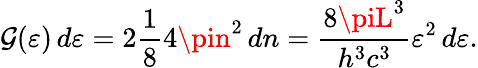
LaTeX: \mathcal{G}(\varepsilon)\, d\varepsilon=2{\frac{{1}}{{8}}}4\pin^{2}\, dn={\frac{{8\piL^{3}}}{{h^{3}c^{3}}}}\varepsilon^{2}\, d\varepsilon.